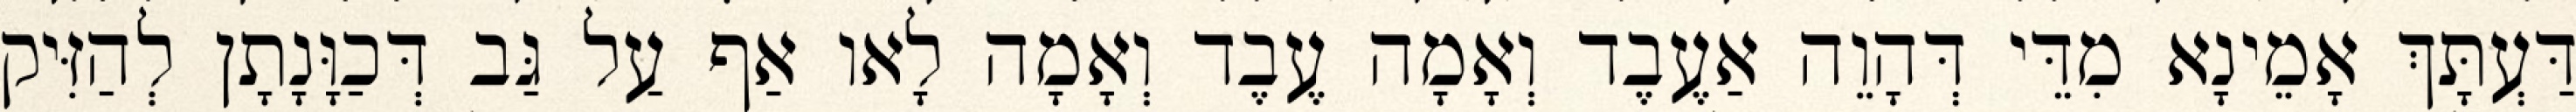
דַּעְתָּךְ אָמֵינָא מִדֵּי דְּהָוֵה אַעֶבֶד וְאָמָה עֶבֶד וְאָמָה לָאו אַף עַל גַּב דְּכַוָּנָתָן לְהַזִּיק